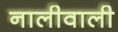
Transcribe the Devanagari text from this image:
नालीवाली